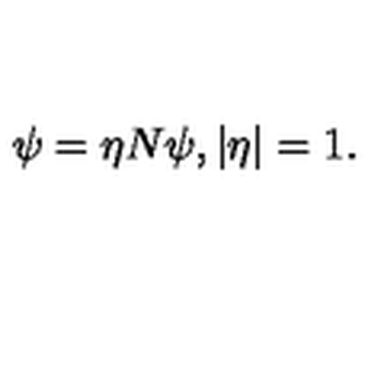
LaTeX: \psi = \eta N \psi , | \eta | = 1 .